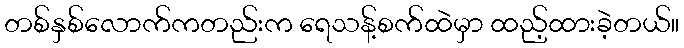
တစ်နှစ်လောက်ကတည်းက ရေသန့်စက်ထဲမှာ ထည့်ထားခဲ့တယ်။